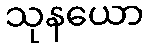
သုနယော